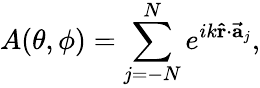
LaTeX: A(\theta,\phi)=\sum_{j=-N}^{N}e^{ik\mathbf{\hat{r}}\cdot\mathbf{\vec{a}}_{j}},